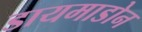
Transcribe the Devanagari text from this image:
डायमाडोन